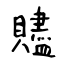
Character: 贐